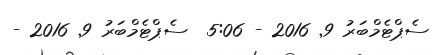
ސެޕްޓެމްބަރު 9